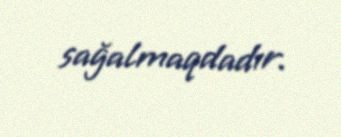
sağalmaqdadır.